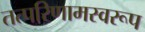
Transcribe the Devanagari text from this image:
तत्परिणामस्वरूप